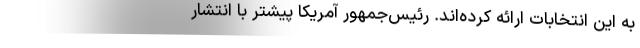
به این انتخابات ارائه کرده‌اند. رئیس‌جمهور آمریکا پیشتر با انتشار